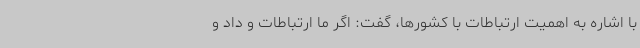
با اشاره به اهمیت ارتباطات با کشورها، گفت: اگر ما ارتباطات و داد و